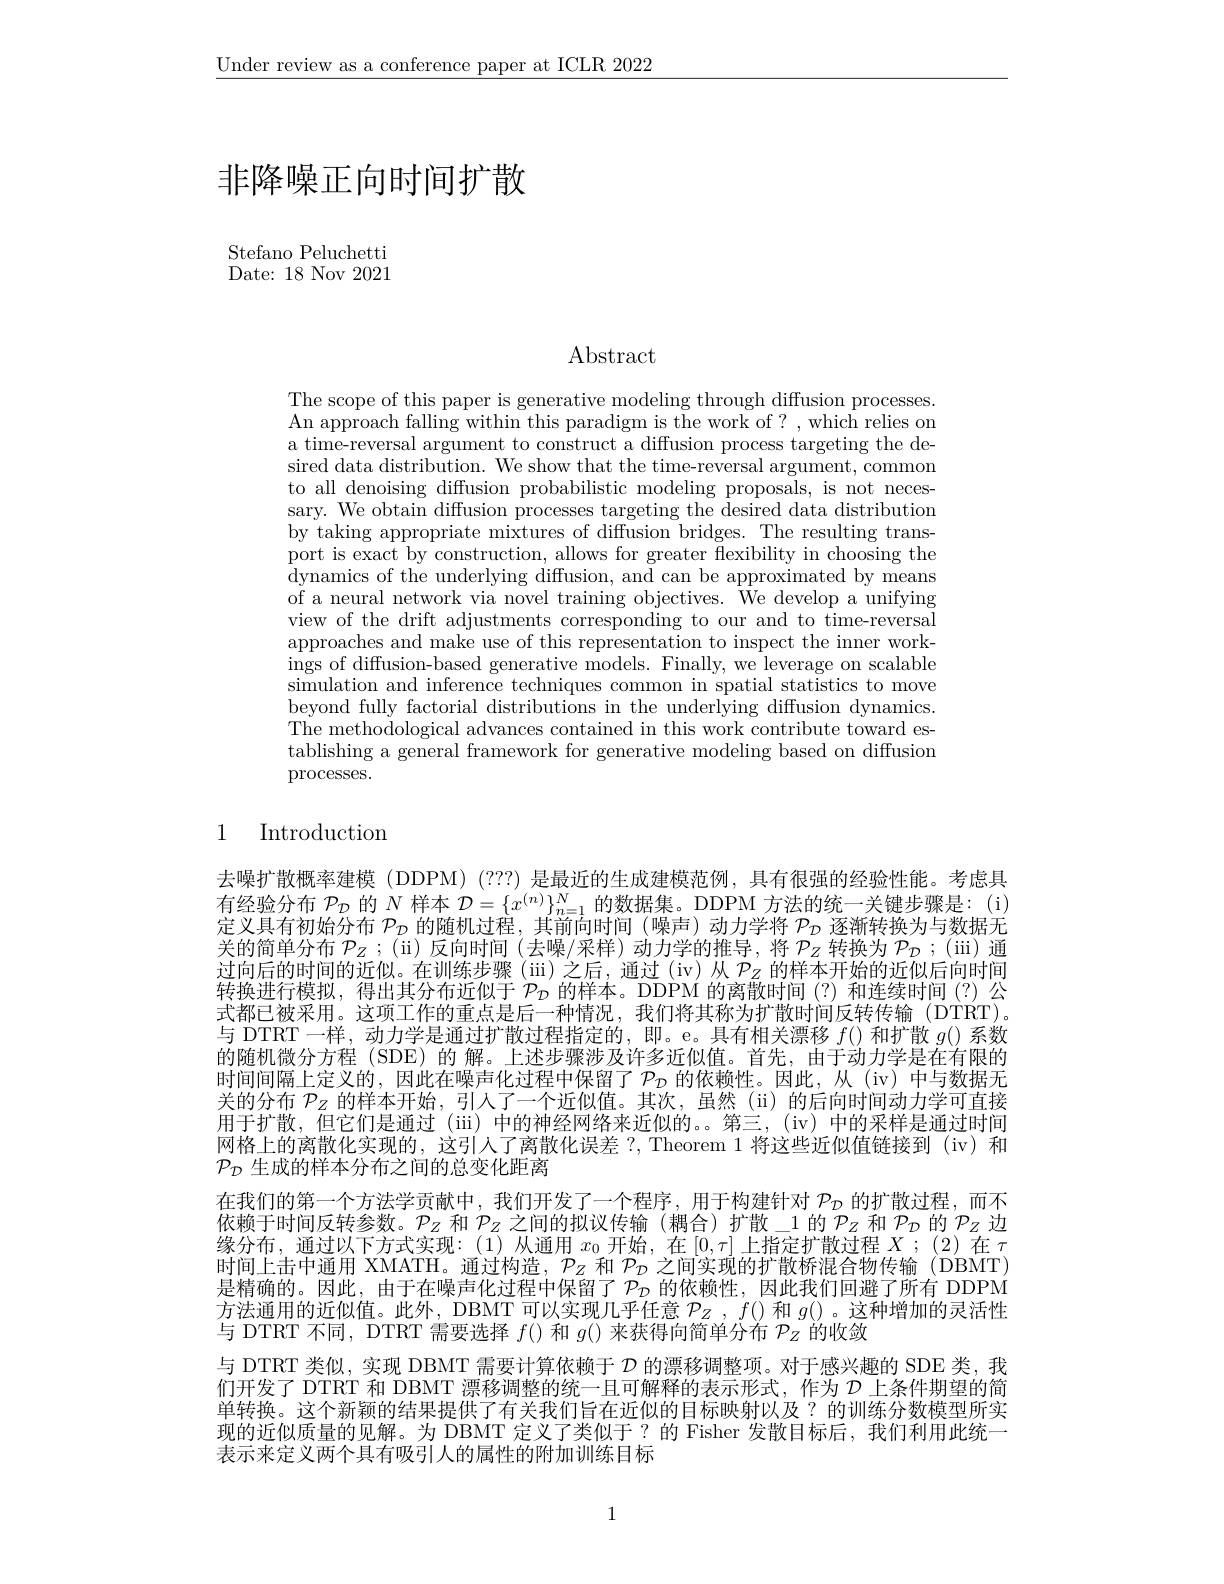
$\underline{\text{Under review as a conference paper at ICLR 2022}}$

# 非降噪正向时间扩散

Stefano Peluchetti Date: 18 Nov 2021

$\operatorname{Abstract}$

The scope of this paper is generative modeling through diffusion processes. An approach falling within this paradigm is the work of? , which relies on a time-reversal argument to construct a diffusion process targeting the desired data distribution. We show that the time-reversal argument, common to all denoising diffusion probabilistic modeling proposals, is not necessary. We obtain diffusion processes targeting the desired data distribution by taking appropriate mixtures of diffusion bridges. The resulting transport is exact by constructio dynamics of the underlying diffusion, and can be approximated by means of a neural network via novel training objectives. We develop a unifying view of the drift adjustment approaches and make use of this representation t ings of diffusion-based gene simulation and inference tec beyond fully factorial distr The methodological advances tablishing a general framewo processes.

## 1 Introduction

去噪扩散概率建模 (DDPM) (???) 是最近的生成有经验分布$\mathcal{P}_\mathcal{D}$的$N$样本定义具有初始分布$\mathcal{P}_\mathcal{D}$的随机过程，其关的简单分布$\mathcal{P}_Z;($ii)反向时间(去噪/ 过向后的时间的近似。在训练步骤(iii)之后，通过(iv 转换进行模拟，得出其分布近似于$\mathcal{P}_\mathcal{D}$的样本。DDPM 的离散时间(?)和连续时间(?)公式都已被采用。这项工作的重点是后一种情况，我们将其称为扩散时间反转传输(DTRT) 与 DTRT 一样，动力学是通过扩散过程指定的，即。e。具有相关漂移$f()$和扩散$g()$系数的随机微分方程 (SDE)的 解。上述步骤涉及许多近似值。首先，由于动力学是在有限的时间间隔上定义的，因此在噪声化过程中保留了$\mathcal{P}_D$ 的依赖性。因此，从(iv)中与数据无关的分布$\mathcal{P}_Z$的样本开始，引入了一个近似值。其次，虽然(ii)的后向时间动力学可直接用于扩散，但它们是通过(iii) 中的神经网络来近似的。第三，(iv) 中的采样是通过时间网格上的离散化实现的，这引人了离散化误差 ?, Theorem 1 将这些近似值链接到 (iv) 和$\mathcal{P}_{\mathcal{D}}$生成的样本分布之间的总变化距离
在我们的第一个方法学贡献中，我们开发了一个程序，用于构建针对$\mathcal{P}_\mathcal{D}$的扩散过程，而不依赖于时间反转参数。$P_Z$和$\mathcal{P}_Z$之间的拟议传输(耦合)扩散\_1 的$P_Z$和$P_D$的$P_Z$边缘分布，通过以下方式实现：(1)从通用$x_0$开始，在$[0,\tau]$上指定扩散过程$X;(2)$在$\tau$ 时间上击中通用 XMATH。通过构造，$\mathcal{P}_Z$和$\mathcal{P}_D$之间实现的扩散桥混合物传输(DBMT) 是精确的。因此，由于在噪声化过程中保留了$\mathcal{P}_\mathcal{D}$的依赖性，因此我们回避了所有 DDPM 方法通用的近似值。此外，DBMT 可以实现几乎任意$\mathcal{P}_Z,f()$和$g()$ 。这种增加的灵活性与 DTRT 不同，DTRT 需要选择$f($) 和$g($) 来获得向简单分布$\mathcal{P}_Z$的收敛
与 DTRT 类似，实现 DBMT 需要计算依赖于$\mathcal{D}$的漂移调整项。对于感兴趣的 SDE 类，我们开发了 DTRT 和 DBMT 漂移调整的统一且可解释的表示形式，作为$\mathcal{D}$上条件期望的简单转换。这个新颖的结果提供了有关我们旨在近似的目标映射以及？的训练分数模型所实现的近似质量的见解。为 DBMT 定义了类似于？的 Fisher 发散目标后，我们利用此统一表示来定义两个具有吸引人的属性的附加训练目标

1